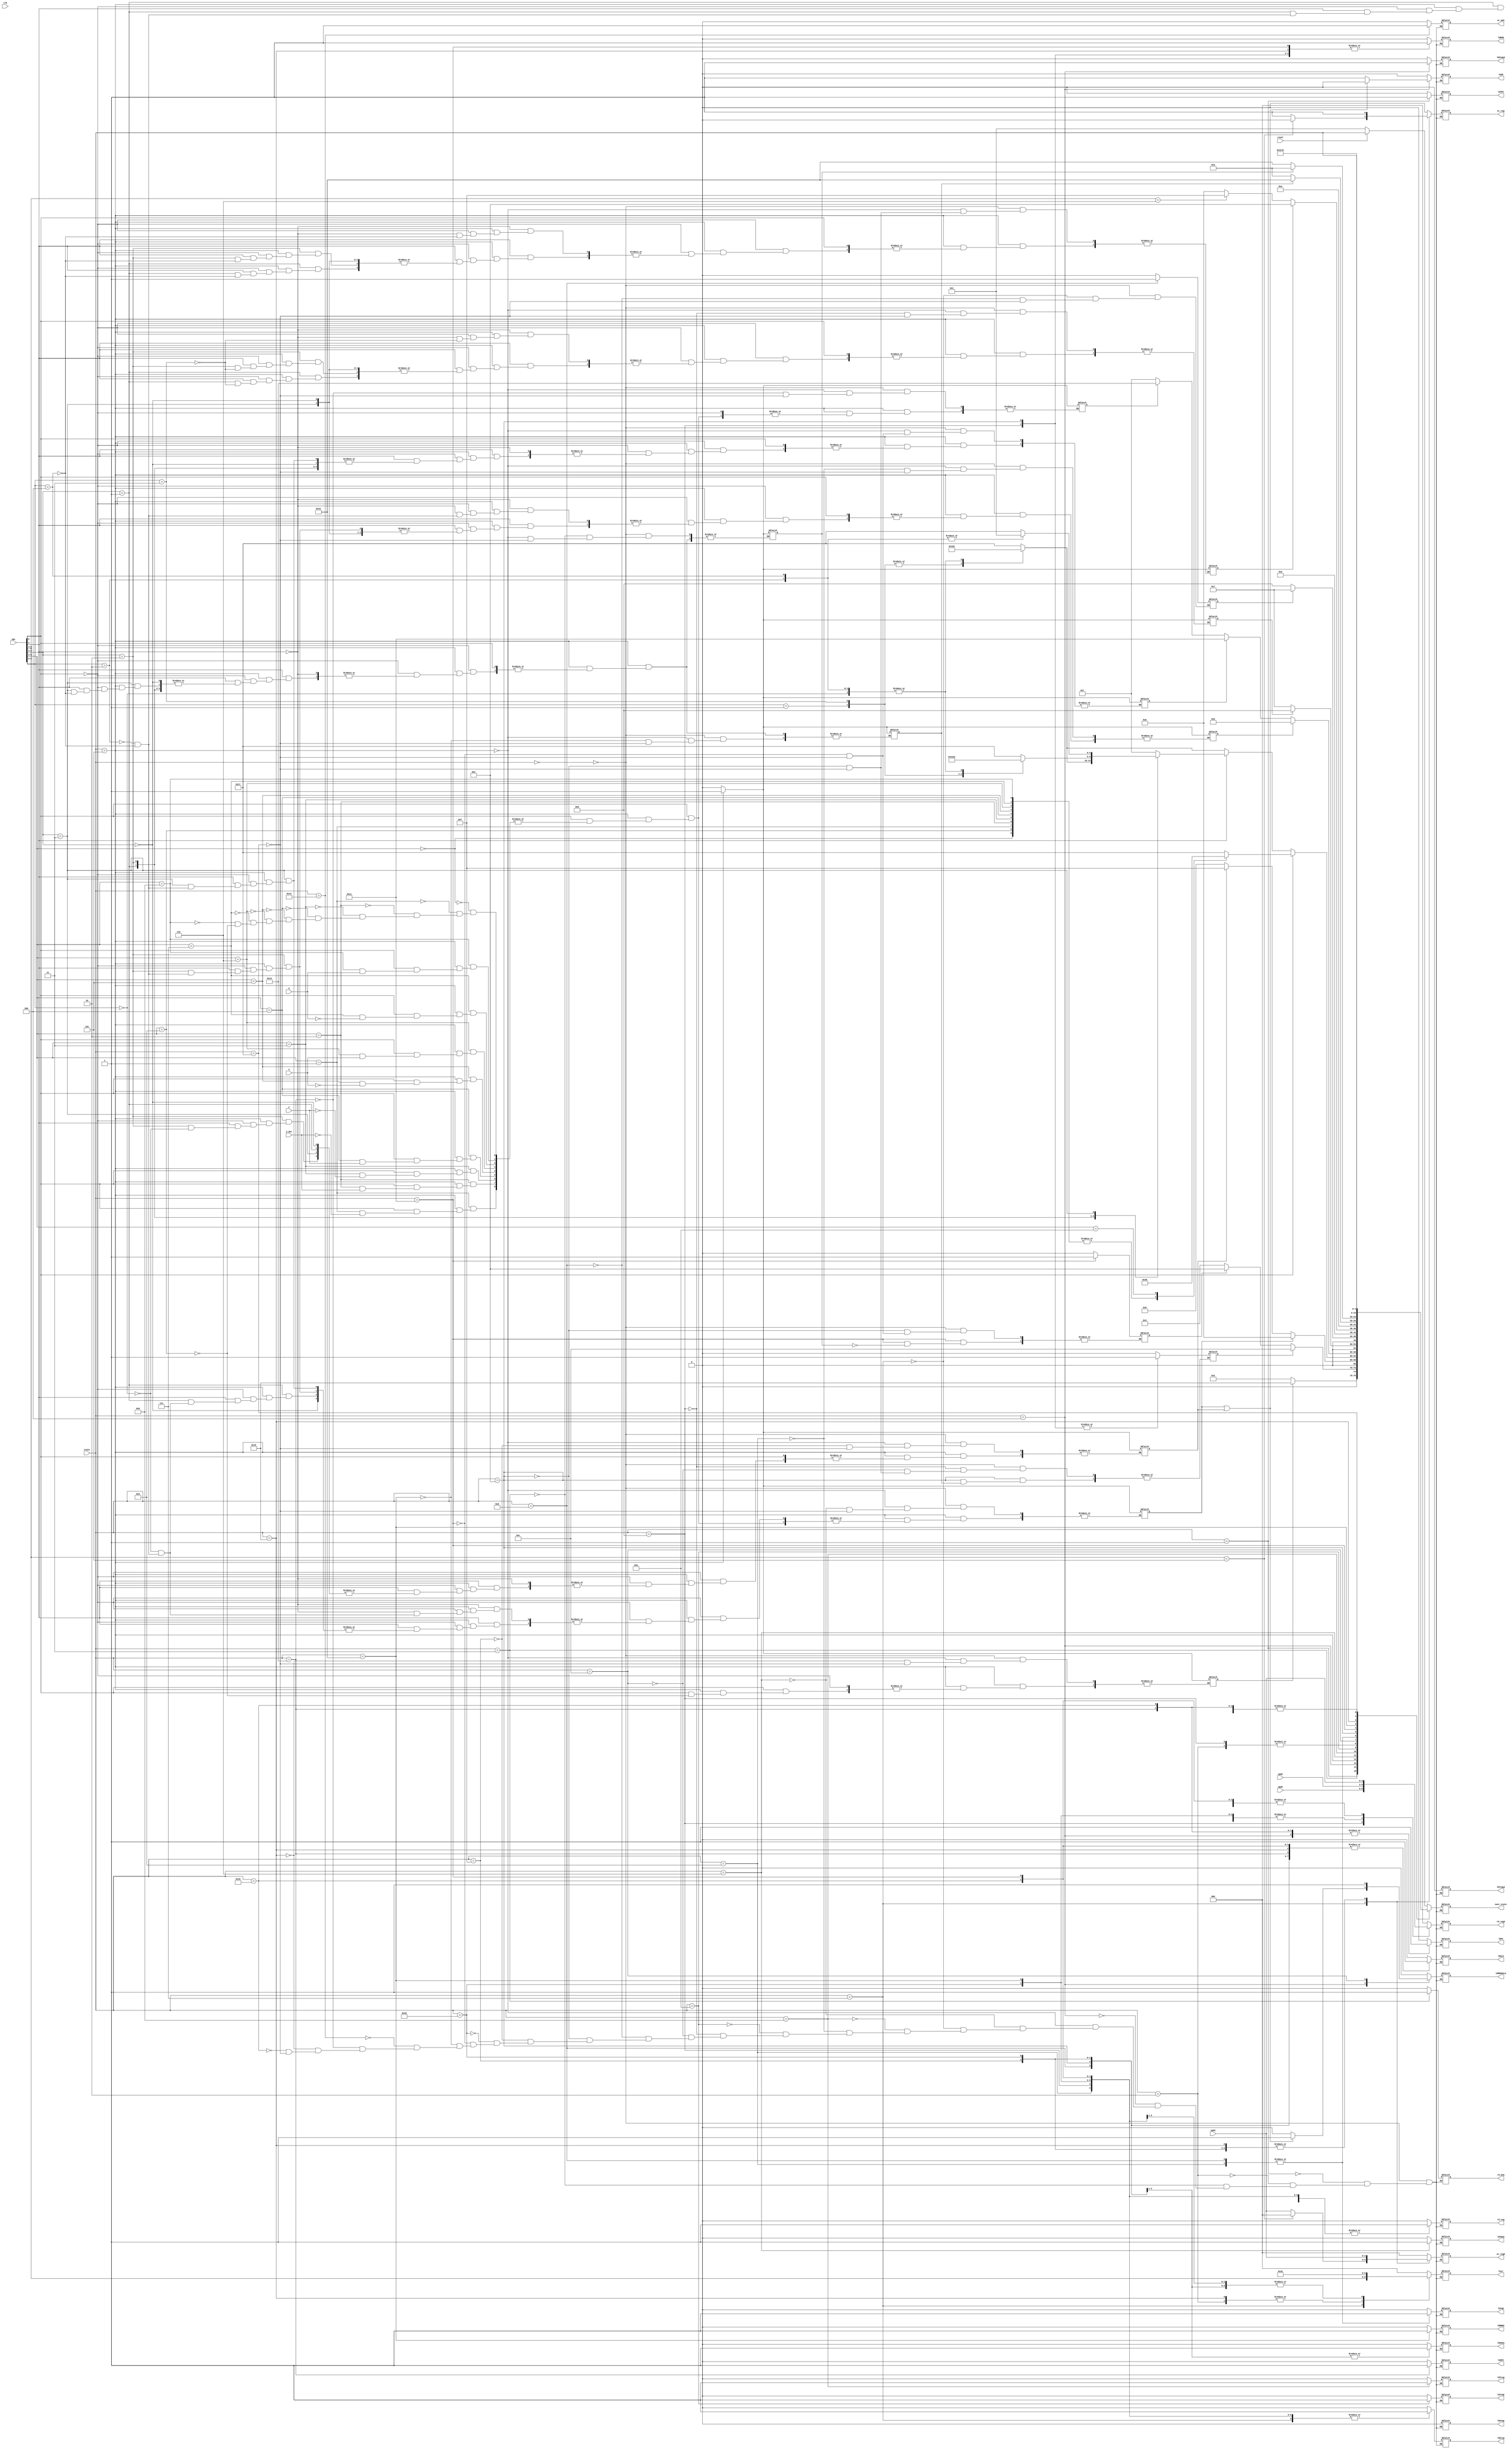
`timescale 1ns / 1ps
module CPU_controller(
   C,V,S,Z_det,clk,reset,
	opc,opd1,opd2,opd3,
	ldPC,ldIR,ldMAR,rd_mem,wr_mem,ldtmp,ldMDRZ,ldMDRdata,wr_reg,rd_reg,ldALU,
	ldXPC,ldYPC,ldXtmp,ldYtmp,ldXreg,ldYreg,ldXmem,ldYmem,ldXtmp2,ldYtmp2,
	wr_regA,rd_regA,fsel,
	state,next_state
	);
	
	input C,V,S,Z_det,clk,reset;
	input[4:0] state;
	input[6:0] opc;
	input[2:0] opd1,opd2,opd3;
	output ldPC,ldIR,ldMAR,rd_mem,wr_mem,ldtmp,ldMDRZ,ldMDRdata,wr_reg,rd_reg,ldALU;
	output ldXPC,ldYPC,ldXtmp,ldYtmp,ldXreg,ldYreg,ldXmem,ldYmem,ldXtmp2,ldYtmp2;
	output[2:0] wr_regA,rd_regA,fsel;
	output[4:0] next_state;
	
	reg ldPC,ldIR,ldMAR,rd_mem,wr_mem,ldtmp,ldMDRZ,ldMDRdata,wr_reg,rd_reg,ldALU;
	reg ldXPC,ldYPC,ldXtmp,ldYtmp,ldXreg,ldYreg,ldXmem,ldYmem,ldXtmp2,ldYtmp2;
	reg[2:0] wr_regA,rd_regA,fsel;
	reg[4:0] next_state;
	
	reg after4goto6,after1goto21,after17goto3,after3goto12,after3goto14,after4goto15;
	reg after6goto20,after6goto9,after12goto14,after8goto11,after6goto17,after14goto18,after10goto7;
	
	
	
	always@(state or reset)begin
		casex(state)
			0:
			begin
				after4goto6=0;
				after1goto21=0;
				after17goto3=0;
				after3goto12=0;
				after3goto14=0;
				after4goto15=0;
				after6goto20=0;
				after6goto9=0;
				after12goto14=0;
				after8goto11=0;
				after6goto17=0;
				after14goto18=0;
				after10goto7=0;
				ldPC=0;
				ldIR=0;
				ldMAR=0;
				rd_mem=0;
				wr_mem=0;
				ldtmp=0;
				ldMDRZ=0;
				ldMDRdata=0;
				wr_reg=0;
				rd_reg=0;
				ldALU=0;
				ldXPC=0;
				ldYPC=0;
				ldXtmp=0;
				ldYtmp=0;
				ldXreg=0;
				ldYreg=0;
				ldXmem=0;
				ldYmem=0;
				ldXtmp2=0;
				ldYtmp2=0;
				wr_regA=3'b0;
				rd_regA=3'b0;
				fsel=3'b0;
				if(reset)next_state=state;
				else next_state=1;
			end
			1:
			begin
				ldPC=0;
				ldIR=0;
				ldMAR=0;
				rd_mem=0;
				wr_mem=0;
				ldtmp=0;
				ldMDRZ=0;
				ldMDRdata=0;
				wr_reg=0;
				rd_reg=0;
				ldALU=0;
				ldXPC=0;
				ldYPC=1;
				ldXtmp=0;
				ldYtmp=0;
				ldXreg=0;
				ldYreg=0;
				ldXmem=0;
				ldYmem=0;
				ldXtmp2=0;
				ldYtmp2=0;
				wr_regA=3'b0;
				rd_regA=3'b0;
				fsel=3'b0;
				if(after1goto21)next_state=21;
				else next_state=2;
			end
			2:
			begin
				ldPC=0;
				ldIR=0;
				ldMAR=1;
				rd_mem=0;
				wr_mem=0;
				ldtmp=0;
				ldMDRZ=0;
				ldMDRdata=0;
				wr_reg=0;
				rd_reg=0;
				ldALU=1;
				ldXPC=0;
				ldYPC=0;
				ldXtmp=0;
				ldYtmp=0;
				ldXreg=0;
				ldYreg=0;
				ldXmem=0;
				ldYmem=0;
				ldXtmp2=0;
				ldYtmp2=0;
				wr_regA=3'b0;
				rd_regA=3'b0;
				fsel=3'b111;
				next_state=3;
			end
			3:
			begin
				after17goto3=0;
				ldPC=0;
				ldIR=0;
				ldMAR=0;
				rd_mem=1;
				wr_mem=0;
				ldtmp=0;
				ldMDRZ=0;
				ldMDRdata=0;
				wr_reg=0;
				rd_reg=0;
				ldALU=0;
				ldXPC=0;
				ldYPC=0;
				ldXtmp=0;
				ldYtmp=0;
				ldXreg=0;
				ldYreg=0;
				ldXmem=0;
				ldYmem=0;
				ldXtmp2=0;
				ldYtmp2=0;
				wr_regA=3'b0;
				rd_regA=3'b0;
				fsel=3'b0;
				if(after3goto12)next_state=12;
				else begin
					if(after3goto14)next_state=14;
					else next_state=4;
				end
			end
			4:
			begin
				ldPC=1;
				if(after4goto6 | after4goto15)begin
					ldMDRdata=1;
					ldIR=0;
				end
				else begin
					ldIR=1;
					ldMDRdata=0;
				end
				ldMAR=0;
				rd_mem=0;
				wr_mem=0;
				ldtmp=0;
				ldMDRZ=0;
				wr_reg=0;
				rd_reg=0;
				ldALU=1;
				ldXPC=0;
				ldYPC=0;
				ldXtmp=0;
				ldYtmp=0;
				ldXreg=0;
				ldYreg=0;
				ldXmem=0;
				ldYmem=0;
				ldXtmp2=1;
				ldYtmp2=0;
				wr_regA=3'b0;
				rd_regA=3'b0;
				fsel=3'b000;
				if(after4goto6)next_state=6;
				else begin
					if(after4goto15)next_state=15;
					else next_state=5;
				end
			end
			5:
			begin
				ldPC=0;
				ldIR=0;
				ldMAR=0;
				rd_mem=0;
				wr_mem=0;
				ldtmp=0;
				ldMDRZ=0;
				ldMDRdata=0;
				wr_reg=0;
				rd_reg=0;
				ldALU=0;
				ldXPC=0;
				ldYPC=0;
				ldXtmp=0;
				ldYtmp=0;
				ldXreg=0;
				ldYreg=0;
				ldXmem=0;
				ldYmem=0;
				ldXtmp2=0;
				ldYtmp2=0;
				wr_regA=3'b0;
				rd_regA=3'b0;
				fsel=3'b0;
				if(opc[6])begin
					casex(opc[5:2])
						4'b0000:
						begin
							next_state=1;
							after4goto6=1;
							after6goto20=1;
						end
						4'b0001:
						begin
							next_state=1;
							if(Z_det)begin
								after4goto6=1;
								after6goto20=1;
							end
						end
						4'b0010:
						begin
							next_state=1;
							if(Z_det==0)begin
								after4goto6=1;
								after6goto20=1;
							end
						end
						4'b0011:
						begin
							next_state=1;
							if(C)begin
								after4goto6=1;
								after6goto20=1;
							end
						end
						4'b0100:
						begin
							next_state=1;
							if(C==0)begin
								after4goto6=1;
								after6goto20=1;
							end
						end
						4'b0101:
						begin
							next_state=1;
							if(V)begin
								after4goto6=1;
								after6goto20=1;
							end
						end
						4'b0110:
						begin
							next_state=1;
							if(V==0)begin
								after4goto6=1;
								after6goto20=1;
							end
						end
						4'b0111:
						begin
							next_state=1;
							if(S)begin
								after4goto6=1;
								after6goto20=1;
							end
						end
						4'b1000:
						begin
							next_state=1;
							if(S==0)begin
								after4goto6=1;
								after6goto20=1;
							end
						end
						4'b1001:
						begin
							next_state=1;
							after1goto21=1;
							after4goto6=1;
							after6goto20=1;
						end
						4'b1010:next_state=22;
						default:next_state=23;
					endcase
				end
				else begin
					if(opc[5])begin
						casex(opc[4:3])
							2'b00:next_state=7;
							2'b01:
							begin
								casex(opc[2:0])
									3'b000:
									begin
										next_state=1;
										after4goto6=1;
									end
									3'b001:next_state=8;
									3'b010:
									begin
										next_state=1;
										after4goto6=1;
										after6goto9=1;
									end
									3'b011:begin
										next_state=8;
										after8goto11=1;
									end
									3'b100:
									begin
										next_state=1;
										after4goto6=1;
										after6goto9=1;
										after12goto14=1;
									end
									default:next_state=23;
								endcase
							end
							2'b10:
							begin
								casex(opc[2:0])
									3'b000:
									begin
										next_state=1;
										after4goto15=1;
									end
									3'b001:next_state=16;
									3'b010:
									begin
										next_state=1;
										after4goto6=1;
										after6goto9=1;
									end
									3'b011:begin
										next_state=8;
										after8goto11=1;
									end
									3'b100:
									begin
										next_state=1;
										after4goto6=1;
										after6goto9=1;
										after12goto14=1;
									end
									default:next_state=23;
								endcase
							end
							2'b11:
							begin
								casex(opc[2:0])
									3'b010:
									begin
										next_state=1;
										after4goto6=1;
										after6goto17=1;
									end
									3'b100:
									begin
										next_state=1;
										after4goto6=1;
										after6goto17=1;
										after17goto3=1;
										after14goto18=1;
									end
									default:next_state=23;
								endcase
							end
						endcase
					end
					else begin
						casex(opc[2:0])
							3'b000:
							begin
								next_state=1;
								after4goto6=1;
							end
							3'b001:next_state=8;
							3'b010:
							begin
								next_state=1;
								after4goto6=1;
								after6goto9=1;
							end
							3'b011:begin
								next_state=8;
								after8goto11=1;
							end
							3'b100:
							begin
								next_state=1;
								after4goto6=1;
								after6goto9=1;
								after12goto14=1;
							end
							default:next_state=23;
						endcase
					end
				end
			end
			6:
			begin
				after4goto6=0;
				ldPC=0;
				ldIR=0;
				ldMAR=0;
				rd_mem=0;
				wr_mem=0;
				ldtmp=0;
				ldMDRZ=0;
				ldMDRdata=0;
				wr_reg=0;
				rd_reg=0;
				ldALU=0;
				ldXPC=0;
				ldYPC=0;
				ldXtmp=0;
				ldYtmp=0;
				ldXreg=0;
				ldYreg=0;
				ldXmem=0;
				ldYmem=1;
				ldXtmp2=0;
				ldYtmp2=0;
				wr_regA=3'b0;
				rd_regA=3'b0;
				fsel=3'b0;
				if(after6goto9)next_state=9;
				else begin
					if(after6goto17)next_state=17;
					else begin
						if(after6goto20)next_state=20;
						else next_state=7;
					end
				end
			end
			7:
			begin
				after10goto7=0;
 				ldPC=0;
				ldIR=0;
				ldMAR=0;
				rd_mem=0;
				wr_mem=0;
				ldtmp=0;
				ldMDRZ=0;
				ldMDRdata=0;
				if(opc[5:3]==3'b101)wr_reg=0;
				else wr_reg=1;
				rd_reg=1;
				ldALU=1;
				ldXPC=0;
				ldYPC=0;
				ldXtmp=0;
				ldYtmp=0;
				ldXreg=1;
				ldYreg=0;
				ldXmem=0;
				ldYmem=0;
				ldXtmp2=0;
				ldYtmp2=0;
				if(opc[5:3]==3'b101)wr_regA=3'b0;
				else wr_regA=opd1;
				rd_regA=opd1;
				fsel=opc[5:3];
				next_state=1;
			end
			8:
			begin
				ldPC=0;
				ldIR=0;
				ldMAR=0;
				rd_mem=0;
				wr_mem=0;
				ldtmp=0;
				ldMDRZ=0;
				ldMDRdata=0;
				wr_reg=0;
				rd_reg=1;
				ldALU=0;
				ldXPC=0;
				ldYPC=0;
				ldXtmp=0;
				ldYtmp=0;
				ldXreg=0;
				ldYreg=1;
				ldXmem=0;
				ldYmem=0;
				ldXtmp2=0;
				ldYtmp2=0;
				wr_regA=3'b0;
				rd_regA=opd2;
				fsel=3'b0;
				if(after8goto11)next_state=11;
				else next_state=7;
			end
			9:
			begin
				after6goto9=0;
				ldPC=0;
				ldIR=0;
				ldMAR=0;
				rd_mem=0;
				wr_mem=0;
				ldtmp=1;
				ldMDRZ=0;
				ldMDRdata=0;
				wr_reg=0;
				rd_reg=1;
				ldALU=1;
				ldXPC=0;
				ldYPC=0;
				ldXtmp=0;
				ldYtmp=0;
				ldXreg=1;
				ldYreg=0;
				ldXmem=0;
				ldYmem=0;
				ldXtmp2=0;
				ldYtmp2=0;
				wr_regA=3'b0;
				rd_regA=opd2;
				fsel=3'b000;
				next_state=10;
			end
			10:
			begin
				ldPC=0;
				ldIR=0;
				ldMAR=0;
				rd_mem=0;
				wr_mem=0;
				ldtmp=0;
				ldMDRZ=0;
				ldMDRdata=0;
				wr_reg=0;
				rd_reg=0;
				ldALU=0;
				ldXPC=0;
				ldYPC=0;
				ldXtmp=0;
				ldYtmp=1;
				ldXreg=0;
				ldYreg=0;
				ldXmem=0;
				ldYmem=0;
				ldXtmp2=0;
				ldYtmp2=0;
				wr_regA=3'b0;
				rd_regA=3'b0;
				fsel=3'b0;
				if(after10goto7)next_state=7;
				else next_state=11;
			end
			11:
			begin
				after8goto11=0;
				ldPC=0;
				ldIR=0;
				ldMAR=1;
				rd_mem=0;
				wr_mem=0;
				ldtmp=0;
				ldMDRZ=0;
				ldMDRdata=0;
				wr_reg=0;
				rd_reg=1;
				ldALU=1;
				ldXPC=0;
				ldYPC=0;
				ldXtmp=0;
				ldYtmp=0;
				ldXreg=1;
				ldYreg=0;
				ldXmem=0;
				ldYmem=0;
				ldXtmp2=0;
				ldYtmp2=0;
				wr_regA=3'b0;
				rd_regA=opd3;
				fsel=3'b000;
				next_state=3;
				after3goto12=1;
			end
			12:
			begin
				after3goto12=0;
				ldPC=0;
				ldIR=0;
				ldMAR=0;
				rd_mem=0;
				wr_mem=0;
				ldtmp=0;
				ldMDRZ=0;
				ldMDRdata=1;
				wr_reg=0;
				rd_reg=0;
				ldALU=0;
				ldXPC=0;
				ldYPC=0;
				ldXtmp=0;
				ldYtmp=0;
				ldXreg=0;
				ldYreg=0;
				ldXmem=0;
				ldYmem=0;
				ldXtmp2=0;
				ldYtmp2=0;
				wr_regA=3'b0;
				rd_regA=3'b0;
				fsel=3'b0;
				if(after12goto14)next_state=14;
				else begin
					if(opc[5:3]==3'b110)next_state=15;
					else next_state=6;
				end
			end
			13:
			begin
				ldPC=0;
				ldIR=0;
				ldMAR=0;
				rd_mem=0;
				wr_mem=0;
				ldtmp=1;
				ldMDRZ=0;
				ldMDRdata=0;
				wr_reg=0;
				rd_reg=0;
				ldALU=1;
				ldXPC=0;
				ldYPC=0;
				ldXtmp=0;
				ldYtmp=0;
				ldXreg=0;
				ldYreg=0;
				ldXmem=1;
				ldYmem=0;
				ldXtmp2=0;
				ldYtmp2=0;
				wr_regA=3'b0;
				rd_regA=3'b0;
				fsel=3'b110;
				next_state=10;
				after10goto7=1;
			end
			14:
			begin
				after12goto14=0;
				after3goto14=0;
				ldPC=0;
				ldIR=0;
				ldMAR=1;
				rd_mem=0;
				wr_mem=0;
				ldtmp=0;
				ldMDRZ=0;
				ldMDRdata=0;
				wr_reg=0;
				rd_reg=0;
				ldALU=1;
				ldXPC=0;
				ldYPC=0;
				ldXtmp=0;
				ldYtmp=0;
				ldXreg=0;
				ldYreg=0;
				ldXmem=1;
				ldYmem=0;
				ldXtmp2=0;
				ldYtmp2=0;
				wr_regA=3'b0;
				rd_regA=3'b0;
				fsel=3'b110;
				if(after14goto18)next_state=18;
				else begin
					next_state=3;
					after3goto12=1;
				end
			end
			15:
			begin
				after4goto15=0;
				ldPC=0;
				ldIR=0;
				ldMAR=0;
				rd_mem=0;
				wr_mem=0;
				ldtmp=0;
				ldMDRZ=0;
				ldMDRdata=0;
				wr_reg=1;
				rd_reg=0;
				ldALU=1;
				ldXPC=0;
				ldYPC=0;
				ldXtmp=0;
				ldYtmp=0;
				ldXreg=0;
				ldYreg=0;
				ldXmem=1;
				ldYmem=0;
				ldXtmp2=0;
				ldYtmp2=0;
				wr_regA=opd1;
				rd_regA=3'b0;
				fsel=3'b110;
				next_state=1;
			end
			16:
			begin
				ldPC=0;
				ldIR=0;
				ldMAR=0;
				rd_mem=0;
				wr_mem=0;
				ldtmp=0;
				ldMDRZ=0;
				ldMDRdata=0;
				wr_reg=1;
				rd_reg=1;
				ldALU=1;
				ldXPC=0;
				ldYPC=0;
				ldXtmp=0;
				ldYtmp=0;
				ldXreg=1;
				ldYreg=0;
				ldXmem=0;
				ldYmem=0;
				ldXtmp2=0;
				ldYtmp2=0;
				wr_regA=opd1;
				rd_regA=opd2;
				fsel=3'b110;
				next_state=1;
			end
			17:
			begin
				after6goto17=0;
				ldPC=0;
				ldIR=0;
				ldMAR=1;
				rd_mem=0;
				wr_mem=0;
				ldtmp=0;
				ldMDRZ=0;
				ldMDRdata=0;
				wr_reg=0;
				rd_reg=1;
				ldALU=1;
				ldXPC=0;
				ldYPC=0;
				ldXtmp=0;
				ldYtmp=0;
				ldXreg=1;
				ldYreg=0;
				ldXmem=0;
				ldYmem=0;
				ldXtmp2=0;
				ldYtmp2=0;
				wr_regA=3'b0;
				rd_regA=opd1;
				fsel=3'b000;
				if(after17goto3)begin
					next_state=3;
					after3goto14=1;
				end
				else next_state=18;
			end
			18:
			begin
				after14goto18=0;
				ldPC=0;
				ldIR=0;
				ldMAR=0;
				rd_mem=0;
				wr_mem=0;
				ldtmp=0;
				ldMDRZ=1;
				ldMDRdata=0;
				wr_reg=0;
				rd_reg=1;
				ldALU=0;
				ldXPC=0;
				ldYPC=0;
				ldXtmp=0;
				ldYtmp=0;
				ldXreg=1;
				ldYreg=0;
				ldXmem=0;
				ldYmem=0;
				ldXtmp2=0;
				ldYtmp2=0;
				wr_regA=3'b0;
				rd_regA=opd2;
				fsel=3'b110;
				next_state=19;
			end
			19:
			begin
				ldPC=0;
				ldIR=0;
				ldMAR=0;
				rd_mem=0;
				wr_mem=1;
				ldtmp=0;
				ldMDRZ=0;
				ldMDRdata=0;
				wr_reg=0;
				rd_reg=0;
				ldALU=0;
				ldXPC=0;
				ldYPC=0;
				ldXtmp=0;
				ldYtmp=0;
				ldXreg=0;
				ldYreg=0;
				ldXmem=0;
				ldYmem=0;
				ldXtmp2=0;
				ldYtmp2=0;
				wr_regA=3'b0;
				rd_regA=3'b0;
				fsel=3'b0;
				next_state=1;
			end
			20:
			begin
				after6goto20=0;
				ldPC=1;
				ldIR=0;
				ldMAR=0;
				rd_mem=0;
				wr_mem=0;
				ldtmp=0;
				ldMDRZ=0;
				ldMDRdata=0;
				wr_reg=0;
				rd_reg=0;
				ldALU=1;
				ldXPC=1;
				ldYPC=0;
				ldXtmp=0;
				ldYtmp=0;
				ldXreg=0;
				ldYreg=0;
				ldXmem=0;
				ldYmem=0;
				ldXtmp2=0;
				ldYtmp2=0;
				wr_regA=3'b0;
				rd_regA=3'b0;
				fsel=3'b000;
				next_state=1;
			end
			21:
			begin
				after1goto21=0;
				ldPC=0;
				ldIR=0;
				ldMAR=1;
				rd_mem=0;
				wr_mem=0;
				ldtmp=0;
				ldMDRZ=0;
				ldMDRdata=0;
				wr_reg=1;
				rd_reg=0;
				ldALU=1;
				ldXPC=0;
				ldYPC=0;
				ldXtmp=0;
				ldYtmp=0;
				ldXreg=0;
				ldYreg=0;
				ldXmem=0;
				ldYmem=0;
				ldXtmp2=0;
				ldYtmp2=0;
				wr_regA=opd1;
				rd_regA=3'b0;
				fsel=3'b111;
				next_state=2;
			end
			22:
			begin
				ldPC=1;
				ldIR=0;
				ldMAR=0;
				rd_mem=0;
				wr_mem=0;
				ldtmp=0;
				ldMDRZ=0;
				ldMDRdata=0;
				wr_reg=0;
				rd_reg=1;
				ldALU=1;
				ldXPC=0;
				ldYPC=0;
				ldXtmp=0;
				ldYtmp=0;
				ldXreg=1;
				ldYreg=0;
				ldXmem=0;
				ldYmem=0;
				ldXtmp2=0;
				ldYtmp2=0;
				wr_regA=3'b0;
				rd_regA=opd1;
				fsel=3'b110;
				next_state=1;
			end
			23:
			begin
				after4goto6=0;
				after1goto21=0;
				after17goto3=0;
				after3goto12=0;
				after3goto14=0;
				after4goto15=0;
				after6goto20=0;
				after6goto9=0;
				after12goto14=0;
				after8goto11=0;
				after6goto17=0;
				after14goto18=0;
				after10goto7=0;
				ldPC=0;
				ldIR=0;
				ldMAR=0;
				rd_mem=0;
				wr_mem=0;
				ldtmp=0;
				ldMDRZ=0;
				ldMDRdata=0;
				wr_reg=0;
				rd_reg=0;
				ldALU=0;
				ldXPC=0;
				ldYPC=0;
				ldXtmp=0;
				ldYtmp=0;
				ldXreg=0;
				ldYreg=0;
				ldXmem=0;
				ldYmem=0;
				ldXtmp2=0;
				ldYtmp2=0;
				wr_regA=3'b0;
				rd_regA=3'b0;
				fsel=3'b0;
				next_state=state;
			end
		endcase
	end
endmodule